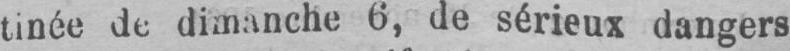
tinée de dimanche 6, de sérieux dangers